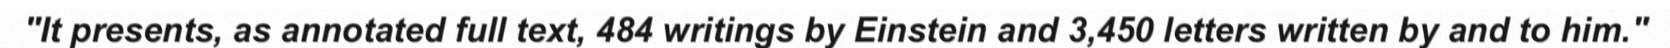
"It presents, as annotated full text, 484 writings by Einstein and 3,450 letters written by and to him."